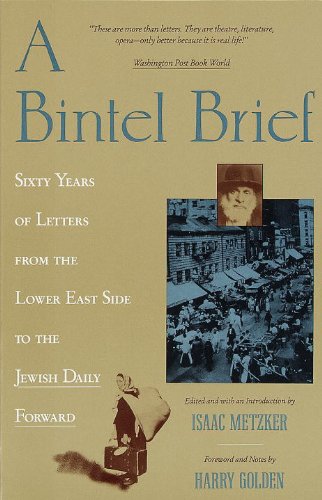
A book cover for A Bintel Brief: Sixty Years of Letters from the Lower East Side to the Jewish Daily Forward; History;